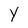
Character: Y